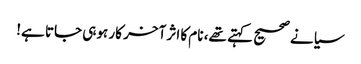
سیانے صحیح کہتے تھے، نام کا اثر آخر کار ہوہی جاتا ہے!